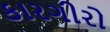
કારગીરો